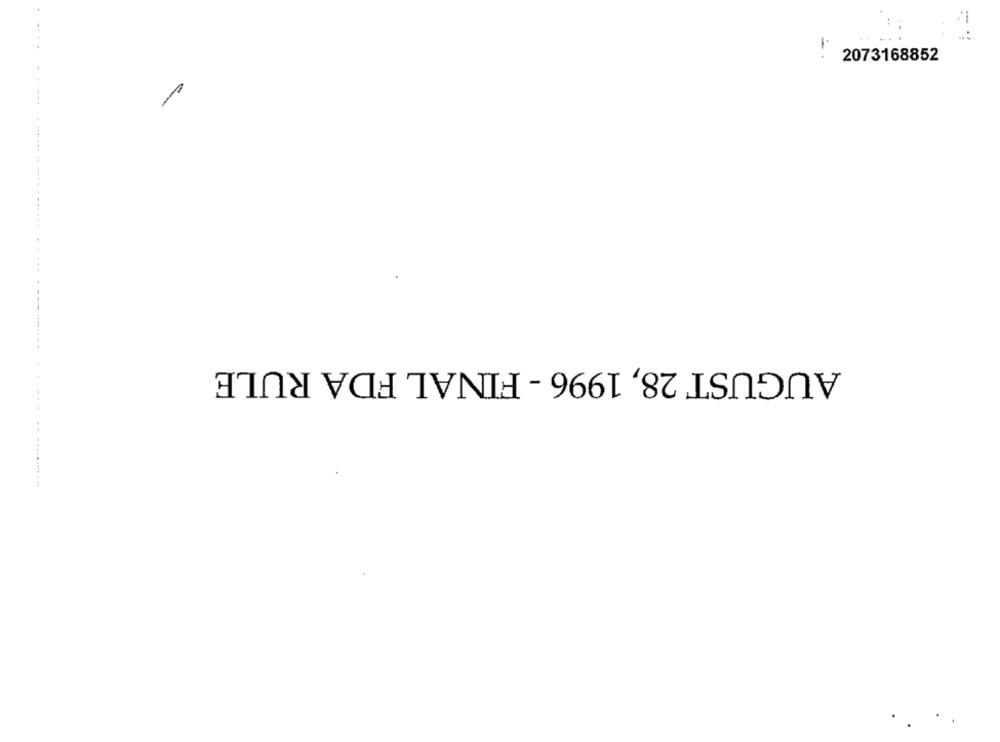
-
2073168852
....
AUGUST 28, 1996 - FINAL FDA RULE